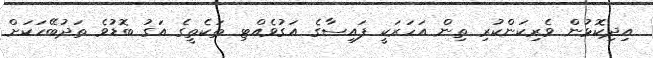
އިދިކޮޅުން ވެރިކަންކުރި ތިން އަހަރަކީ ފައިސާގެ އަގުވެއްޓި ތަކެތީގެ އަގު ބޮޑުވެ ތަދުބޭހަކަށް